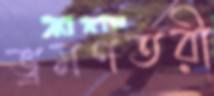
ভ্রমণতরী